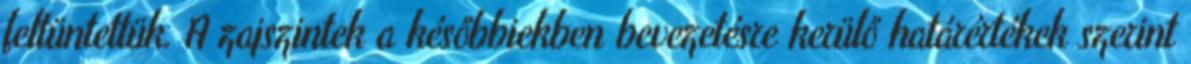
feltüntettük. A zajszintek a későbbiekben bevezetésre kerülő határértékek szerint